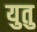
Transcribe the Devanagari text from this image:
युतु